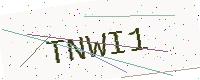
Text: TNWI1